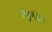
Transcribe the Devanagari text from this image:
अनुसंधेय